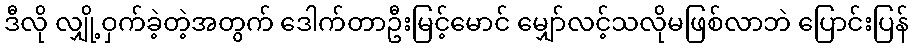
ဒီလို လျှို့ဝှက်ခဲ့တဲ့အတွက် ဒေါက်တာဦးမြင့်မောင် မျှော်လင့်သလိုမဖြစ်လာဘဲ ပြောင်းပြန်